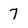
Character: 7